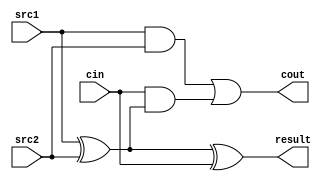
`timescale 1ns / 1ps
//////////////////////////////////////////////////////////////////////////////////
// Company: 
// Engineer: 
// 
// Design Name: 
// Module Name:    add 
// Project Name: 
// Target Devices: 
// Tool versions: 
// Description: 
//
// Dependencies: 
//
// Revision: 
// Revision 0.01 - File Created
// Additional Comments: 
//
//////////////////////////////////////////////////////////////////////////////////
module add(
    src1,
	 src2,
	 cin,
	 cout,
	 result
    );

input src1,src2,cin;
output cout, result;
//reg cout,result;

assign result = (src1 ^ src2 ^ cin);
assign cout = (src1 && src2) || (cin && (src1 ^ src2));
/*always @(*) begin
    result <= (src1 ^ src2 ^ cin);
	 cout <= (src1 && src2) || (cin && (src1 ^ src2)); 
end*/

endmodule